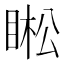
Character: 𱲽